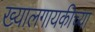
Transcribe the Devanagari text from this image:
ख्यालगायकीच्या